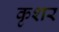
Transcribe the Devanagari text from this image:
कृशर